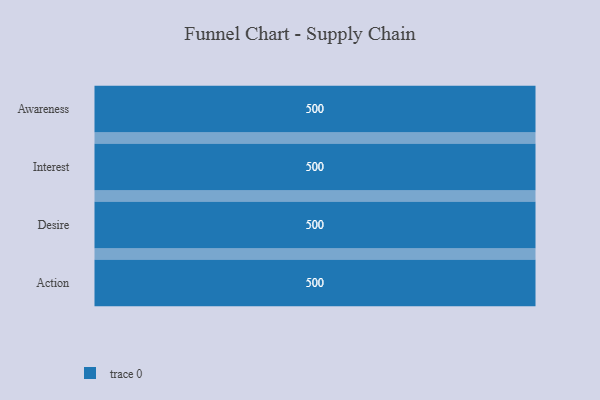
{"axis": {"x": "Stage", "y": "Value"}, "legend": [""], "data": [{"x": "Awareness", "y": 500, "type": ""}, {"x": "Interest", "y": 500, "type": ""}, {"x": "Desire", "y": 500, "type": ""}, {"x": "Action", "y": 500, "type": ""}]}